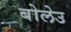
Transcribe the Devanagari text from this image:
बोलेउ